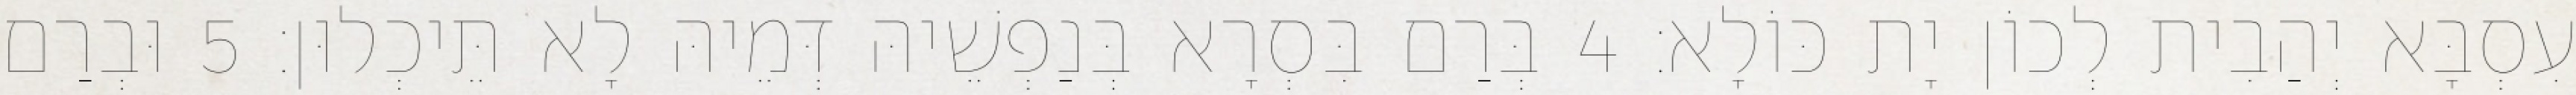
עִסְבָּא יְהַבִית לְכוֹן יָת כּוֹלָא׃ 4 בְּרַם בִּסְרָא בְּנַפְשֵׁיהּ דְּמֵיהּ לָא תֵּיכְלוּן׃ 5 וּבְרַם